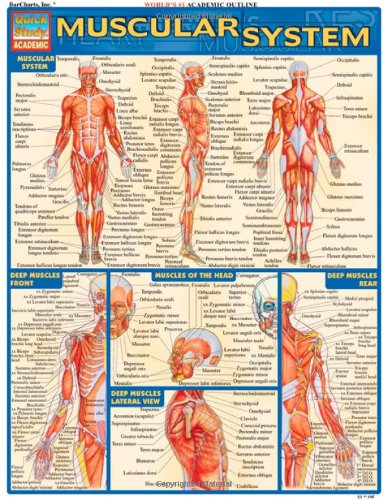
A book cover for Muscular System (Quickstudy: Academic); Inc. BarCharts; Medical Books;